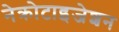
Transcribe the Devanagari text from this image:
नेक्रोटाइजेशन